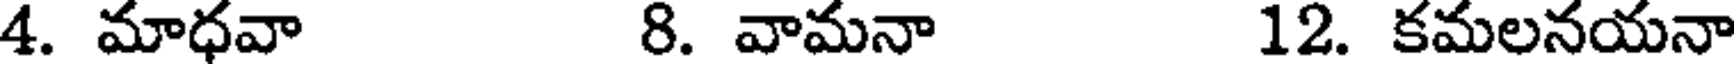
4. మాధవా 8. వామనా 12. కమలనయనా